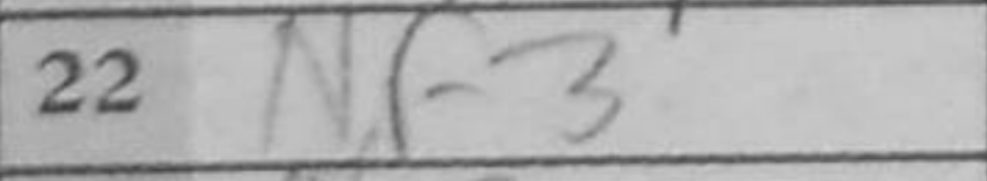
Transcription: Nf3